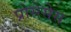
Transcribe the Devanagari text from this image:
प्रोसेसेस